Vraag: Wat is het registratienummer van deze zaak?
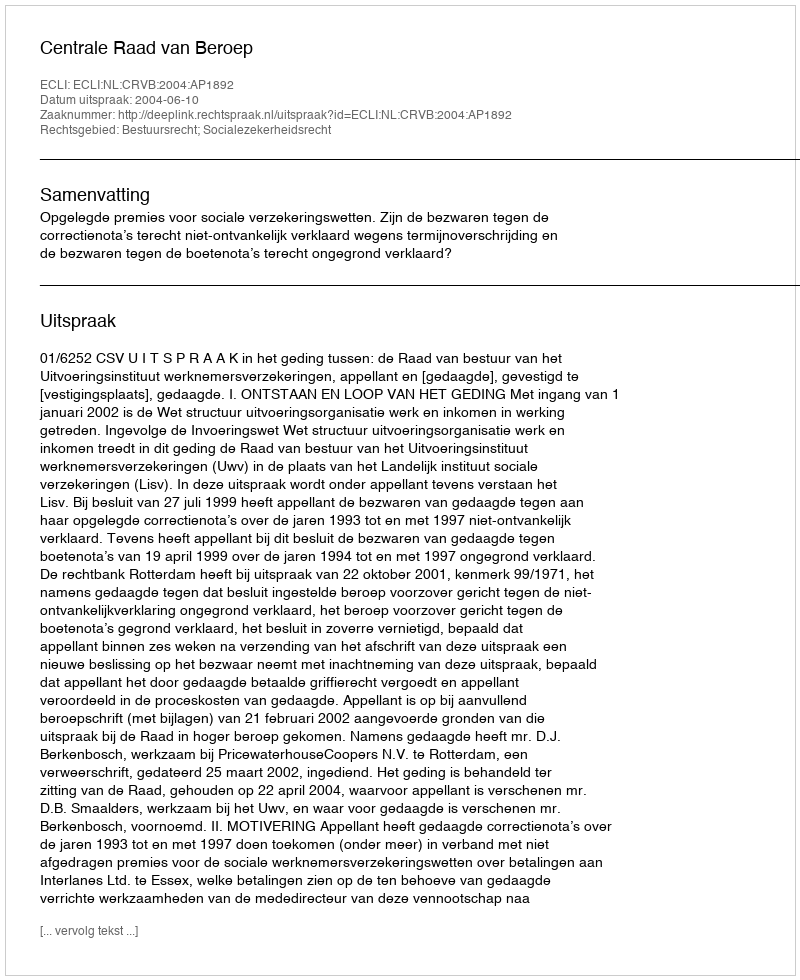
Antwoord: http://deeplink.rechtspraak.nl/uitspraak?id=ECLI:NL:CRVB:2004:AP1892